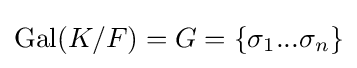
{\text{Gal}}(K/F)=G=\{\sigma _{1}...\sigma _{n}\}